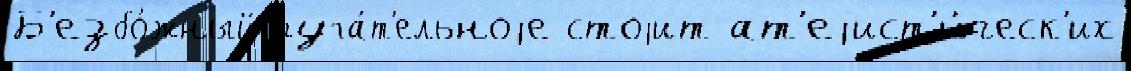
Б'езбо́жный руга́т'ельноjе стоjит ат'еjист'и́ческ'их